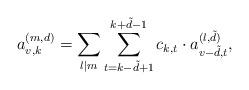
LaTeX: \begin{align*}a_{v,k}^{(m,d)}=\sum\limits_{l\mid m}\sum\limits_{t=k-\tilde{d}+1}^{k+\tilde{d}-1}c_{k,t}\cdot a_{v-\tilde{d},t}^{(l,\tilde{d})},\end{align*}